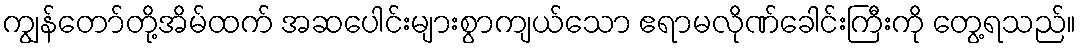
ကျွန်တော်တို့အိမ်ထက် အဆပေါင်းများစွာကျယ်သော ဧရာမလိုဏ်ခေါင်းကြီးကို တွေ့ရသည်။